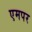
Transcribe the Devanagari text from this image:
एमपर